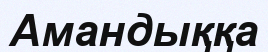
Амандыққа